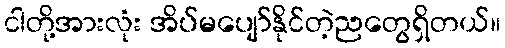
ငါတို့အားလုံး အိပ်မပျော်နိုင်တဲ့ညတွေရှိတယ်။